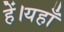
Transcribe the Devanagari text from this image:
हें।यहाँ